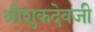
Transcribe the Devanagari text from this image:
श्रीशुकदेवजी